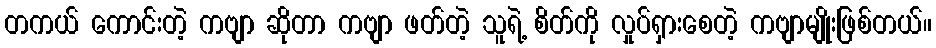
တကယ် ကောင်းတဲ့ ကဗျာ ဆိုတာ ကဗျာ ဖတ်တဲ့ သူရဲ့ စိတ်ကို လှုပ်ရှားစေတဲ့ ကဗျာမျိုးဖြစ်တယ်။